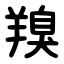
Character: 䍹